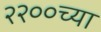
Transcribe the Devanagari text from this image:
२२००च्या